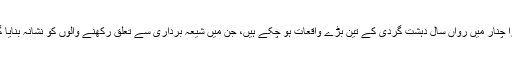
پاڑا چنار میں رواں سال دہشت گردی کے تین بڑے واقعات ہو چکے ہیں، جن میں شیعہ برداری سے تعلق رکھنے والوں کو نشانہ بنایا گیا۔